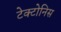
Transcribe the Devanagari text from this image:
टेक्टोनिस